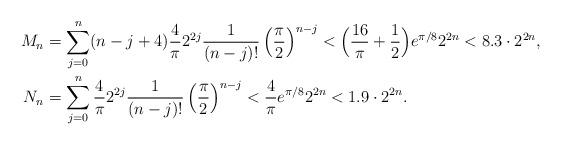
LaTeX: \begin{align*}M_n&=\sum_{j=0}^n (n-j+4) \frac{4}{\pi} 2^{2j}\frac{1}{(n-j)!}\left(\frac{\pi}{2}\right)^{n-j}<\Bigl(\frac{16}{\pi}+\frac12\Bigr)e^{\pi/8} 2^{2n}<8.3\cdot 2^{2n},\\N_n&=\sum_{j=0}^n \frac{4}{\pi} 2^{2j}\frac{1}{(n-j)!}\left(\frac{\pi}{2}\right)^{n-j}<\frac{4}{\pi} e^{\pi/8}2^{2n}<1.9\cdot 2^{2n}.\end{align*}